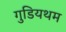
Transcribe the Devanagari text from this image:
गुडियथम